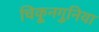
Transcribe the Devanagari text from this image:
चिकूनगुनिया